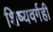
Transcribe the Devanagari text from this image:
शिष्यवर्गही